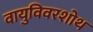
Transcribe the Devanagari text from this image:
वायुविवरशोथ